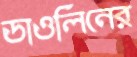
ডাওলিনের